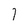
Character: 7